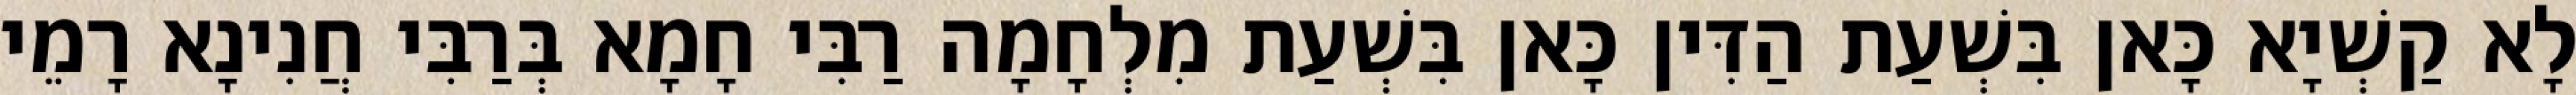
לָא קַשְׁיָא כָּאן בִּשְׁעַת הַדִּין כָּאן בִּשְׁעַת מִלְחָמָה רַבִּי חָמָא בְּרַבִּי חֲנִינָא רָמֵי